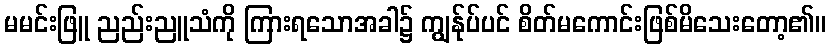
မမင်းဖြူ ညည်းညူသံကို ကြားရသောအခါ၌ ကျွန်ုပ်ပင် စိတ်မကောင်းဖြစ်မိသေးတော့၏။